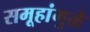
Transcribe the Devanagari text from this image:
समूहांमुळे